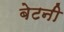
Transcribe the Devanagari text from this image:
बेटनी